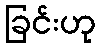
ခြင်းဟု